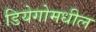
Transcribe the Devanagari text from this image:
डियेगोमधील